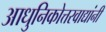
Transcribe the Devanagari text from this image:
आधुनिकोत्तरवाद्यांनी